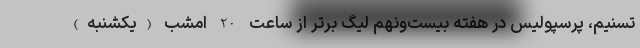
تسنیم، پرسپولیس در هفته بیست‌و‌نهم لیگ برتر از ساعت 20 امشب (یکشنبه)